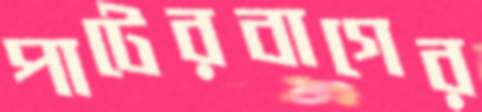
পাটেরবাগের